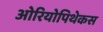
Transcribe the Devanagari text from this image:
ओरियोपिथेकस